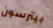
بيترسون